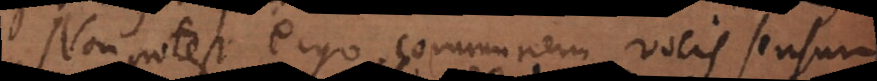
Non potest ergo communem vocis sensum